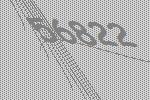
56822